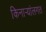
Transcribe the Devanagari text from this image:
किनाऱ्यांलगत